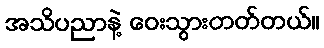
အသိပညာနဲ့ ဝေးသွားတတ်တယ်။